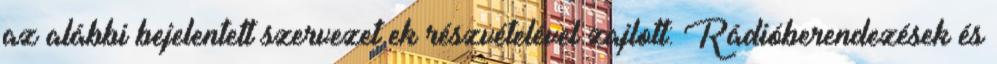
az alábbi bejelentett szervezet ek részvételével zajlott: Rádióberendezések és